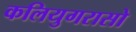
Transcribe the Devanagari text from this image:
कलियुगरासो